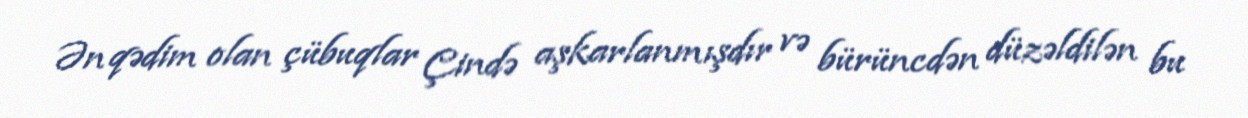
Ən qədim olan çübuqlar Çində aşkarlanmışdır və bürüncdən düzəldilən bu